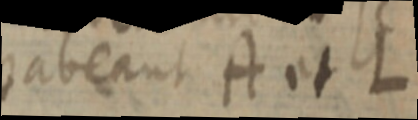
habeant A et L